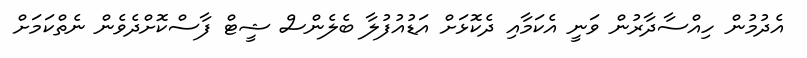
އެދުމުން ހިއްސާދާރުން ވަނީ އެކަމާއި ދެކޮޅަށް އަޑުއުފުލާ ބެލެންސް ޝީޓް ފާސްކޮށްދެވެން ނެތްކަމަށް